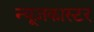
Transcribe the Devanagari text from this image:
न्यूज़कास्टर